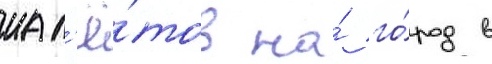
нал'ё́тов на́ го́род в